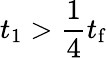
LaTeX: t_{1}>\frac{1}{4}t_{\mathrm{f}}